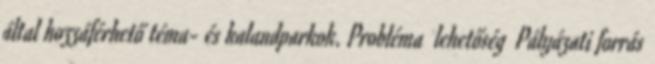
által hozzáférhető téma- és kalandparkok. Probléma lehetőség ▪Pályázati forrás